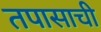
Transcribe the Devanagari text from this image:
तपासाची